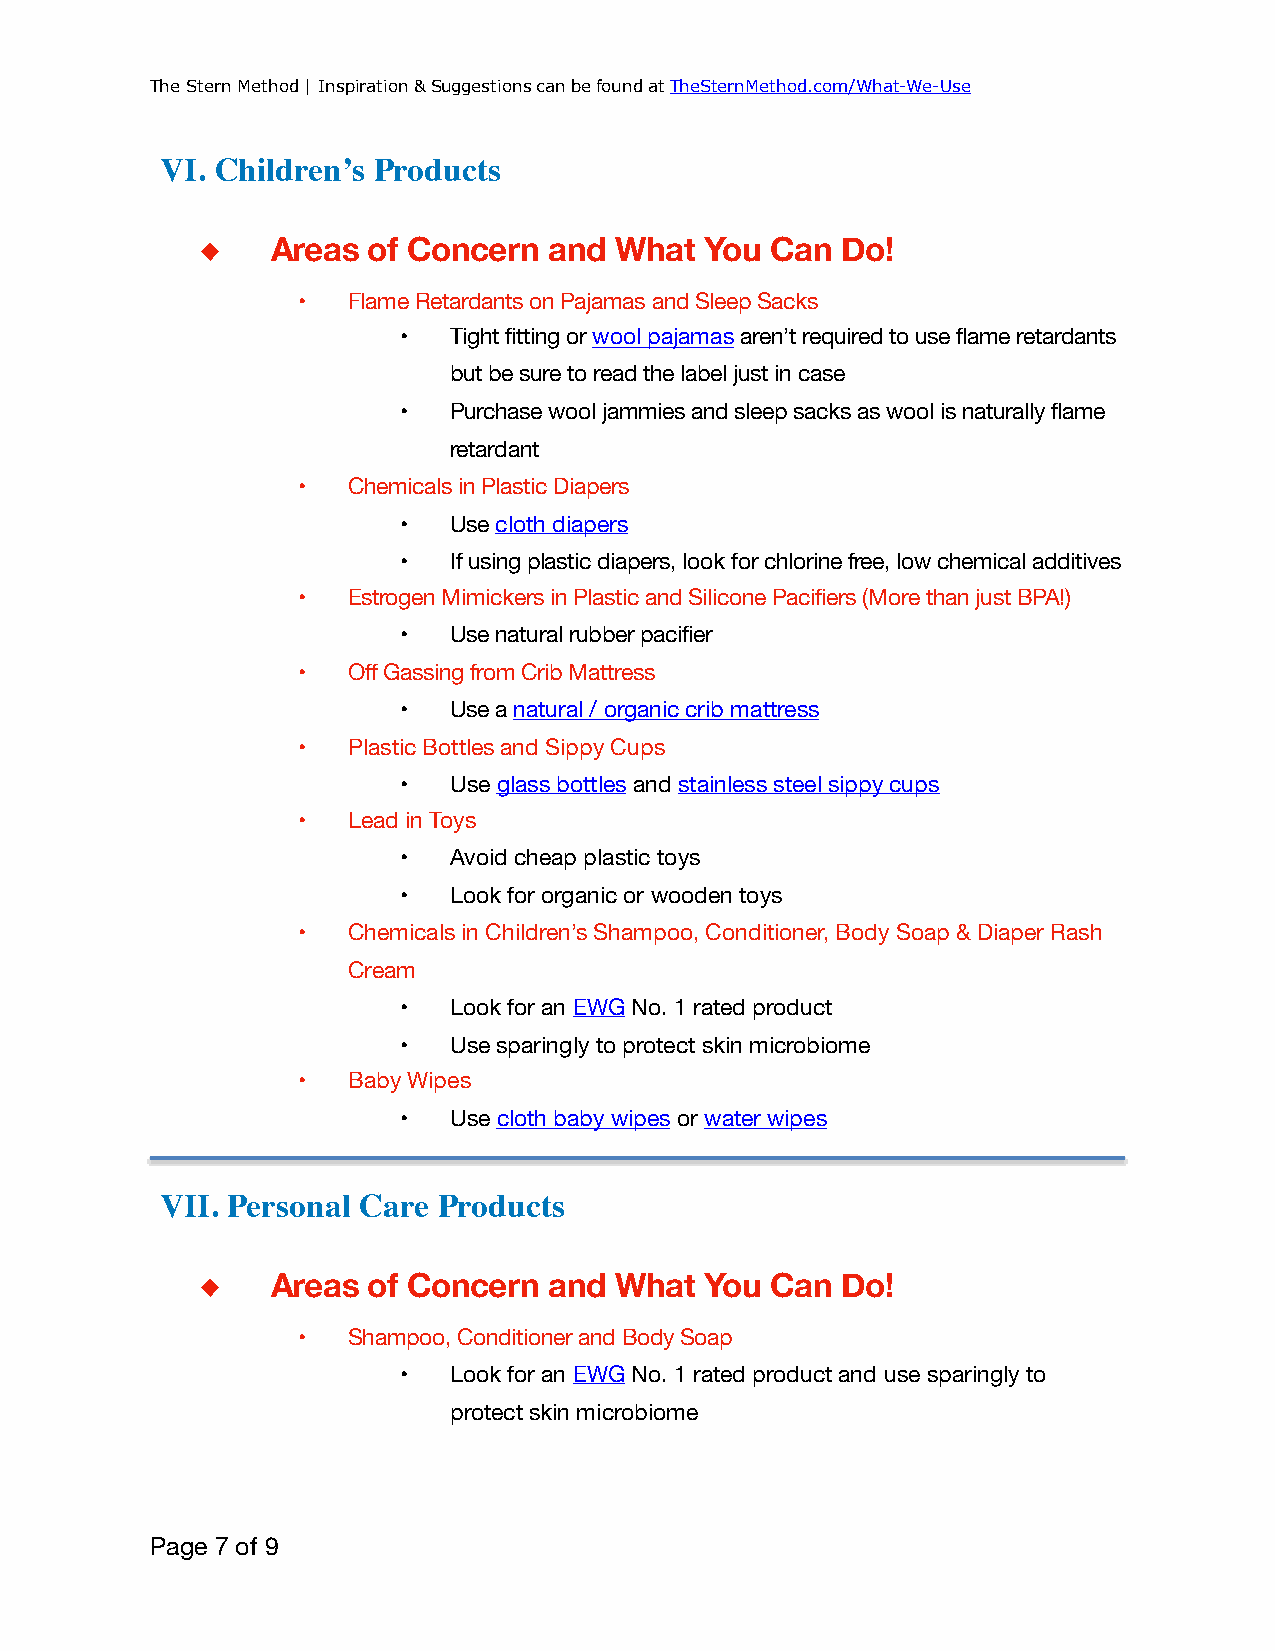
The Stern Method | Inspiration & Suggestions can be found at TheSternMethod.com/What-We-Use
 VI. Children’s Products
 ◆    Areas of Concern  and  What  You Can  Do!
 •  Flame Retardants on Pajamas and Sleep Sacks
 •   Tight fitting or wool pajamas aren’t required to use flame retardants
 but be sure to read the label just in case
 •   Purchase wool jammies and sleep sacks as wool is naturally flame
 retardant
 •  Chemicals in Plastic Diapers
 •   Use cloth diapers
 •   If using plastic diapers, look for chlorine free, low chemical additives
 •  Estrogen Mimickers in Plastic and Silicone Pacifiers (More than just BPA!)
 •   Use natural rubber pacifier
 •  Off Gassing from Crib Mattress
 •   Use a natural / organic crib mattress
 •  Plastic Bottles and Sippy Cups
 •   Use glass bottles and stainless steel sippy cups
 •  Lead in Toys
 •   Avoid cheap plastic toys
 •   Look for organic or wooden toys
 •  Chemicals in Children’s Shampoo, Conditioner, Body Soap & Diaper Rash
 Cream
 •   Look for an EWG No. 1 rated product
 •   Use sparingly to protect skin microbiome
 •  Baby Wipes
 •   Use cloth baby wipes or water wipes
 VII. Personal Care Products
 ◆    Areas of Concern  and  What  You Can  Do!
 •  Shampoo, Conditioner and Body Soap
 •   Look for an EWG No. 1 rated product and use sparingly to
 protect skin microbiome
 Page 7 of 9